Vital statistics of India. Vol. VI, European troops 1870-79
Year: 1870
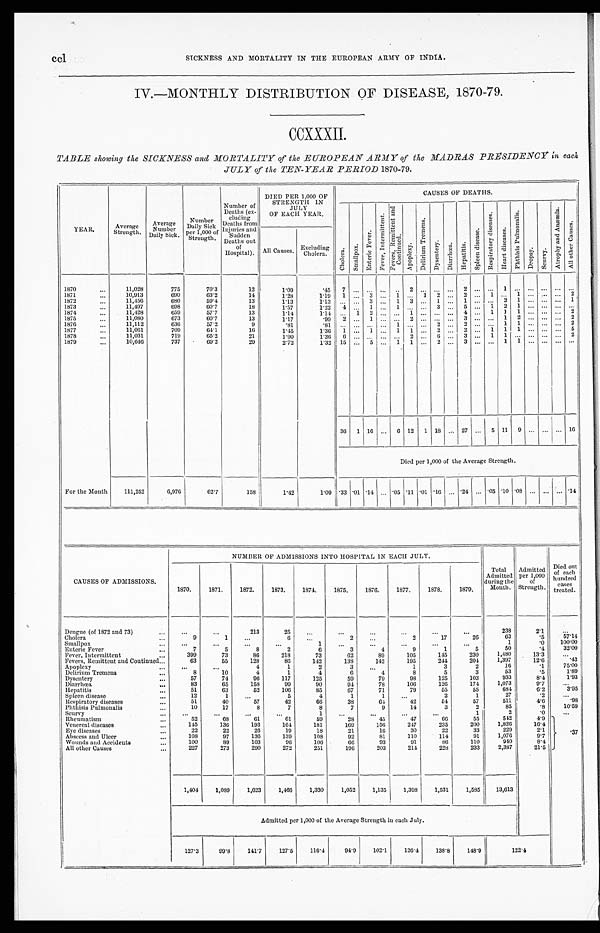
ccl SICKNESS AND MORTALITY IN THE EUROPEAN ARMY OF INDIA.
IV.-MONTHLY DISTRIBUTION OF DISEASE, 1870-79.
CCXXXII.
TABLE showing the SICKNESS and MORTALITY of the EUROPEAN' ARMY of the MADRAS PRESIDENCY in each
JULY of the TEN-YEAR PERIOD 1870-79.
YEAR .
Average
Strength.
Average
N u m b e r
Daily Sick.
Number
Daily Sick
per 1,000
o f S t r e n g t h .
Number of
Deaths (ex-
clud
i ng
Deaths from
Injuries and
I Sudden
Deaths out
of
Hospital).
DIED PER 1,000 OF
STRENGTH IN
JULY
OF EACH YEAR.
CAUSES OF DEATHS.
C h o l e r a .
S m a l l p o x .
E n t e r i c F e v e r .
F e v e r , I n t e r m i t t e n t .
F e v e r s , R e m i t t e n t a n d C o n t i n u e d .
Apopl exy.
D e l i r i u m T r e m e n s .
D y s e n t e r y .
D i a r r h œ a .
H e p a t i t i s .
S p l e e n d i s e a s e .
R e s p i r a t o r y d i s e a s e s .
H e a r t d i s e a s e s .
P h t h i s i s P u l m o n a l i s .
D r o p s y .
S c u r v y .
At r ophy and Anæmi a.
Al l other Causes.
All Causes.
Excluding
Cholera.
1870
...
11,028
775
70.3
12
1.09
. 45
7
... ... ... ...
2
...
...
...
2
...
...
1
... ... ... ... ...
1871
...
10,913
690
63.2
14
1.28
1.19
1
...
3
...
1
...
1
2
...
2
...
1
...
1
...
... ...
2
1872
...
11,456
680
59.4
13
1.13
1.13
...
...
3
...
1
3
...
1
...
1
... ...
2
1
... ... ...
1
1873
...
11,497
698
60.7
18
1.57
1.22
4
...
1
...
1
...
...
3
...
5
...
1
2
1
... ... ... ...
1874
...
11,428
659
57.7
13
1.14
1 . 1 4
...
1
2
... ...
1
... ... ...
4
...
1
1
1
... ... ...
2
1875
...
11,080
673
60.7
13
1.17
.99
2
...
1
... ...
2
... ... ...
3
... ...
1
2
... ... ...
2
1876
...
11,112
636
57.2
9
.81
.81
...
... ... ...
1
... ...
2
...
2
...
...
1
1
... ... ...
2
1877
...
11,061
709
64.1
16
1.45
1.36
1
...
1
...
1
1
...
2
...
2
...
1
1
1
...
...
...
5
1878
...
11,031
719
65.2
21
1.90
1 . 3 6
6
... ... ... ...
2
...
6
...
3
...
1
1
...
... ... ...
2
1879
...
10,646
737
69.2
29
2.72
1 . 3 2
15
...
5
...
1 1
...
2
...
3
...
...
1
1
... ... ...
36
1
16
...
6
12
1
18
...
27
...
5
11
9
...
...
...
16
Died per 1,000 of the Average Strength.
For the Month
111,252
6,976
62.7
158
1 . 4 2
1.09 .33
.01
.14
...
.05
.11
.01
.16
...
.24
...
.05
.10
.08
...
...
...
.14
CAUSES OF ADMISSIONS.
NUMBER OF ADMISSIONS INTO HOSPITAL IN EACH JULY.
Total
Admitted
during the
Month.
Admitted
per 1,000
of
Strength.
Died out
of each
hundred
cases
treated.
1870.
1871.
1872.
1873.
1874.
1875.
1876.
1877.
1878.
1879.
Dengue (of 1872 and 73)
...
...
...
213
25
...
. . .
... ... ... ...
238
2.1
...
Cholera
...
9
1
...
6
...
2
2
2
17
26
63
.5
57.14
Smallpox
... ... ... ...
...
1
...
...
...
...
...
1
. 0
100.00
Enteric Fever
...
7
5
8
2
6
3
4
9
1
5
50
.4
32.00
Fever, Intermittent
...
399
73
86
218
73
62
89
105
145
230
1,480
13.3
...
Fevers, Remittent and Continued
...
63
55
128
86
142
138
142
195
244
204
1,397
12.6
.43
Apoplexy
... ... ...
4
1
2
3
...
1
3
2
16
.1
75.00
Delirium Tremens
...
8
10
4
1
4
6
4
8
5
3
53
.5
1.89
Dysentery
...
57
74
96
117
125
59
79
98
125
103
933
8.4
1.93
Diarrhœa
...
83
65
158
99
90
94
78
106
126
174
1,073
9.7
...
Hepatitis
...
51
63
52
106
85
67
71
79
55
55
684
6.2
3.95
Spleen disease
...
12
1
...
5
4
1
1
...
2
1
27
.2
...
Respiratory diseases
...
51
40
57
42
66
38
64
42
54
57
511
4.6
.98
Phthisis Pulmonalis
...
10
17
8
7
8
7
9
14
3
2
85
.8
10.59
Scurvy
...
...
...
...
...
1
...
...
...
...
1
2
.0
...
Rheumatism
...
52
68
61
61
59
28
45
47
66
55
542
4.9
.37
Venereal diseases
...
145
136
193
164
181
169
156
247
235
200
1,826
16.4
Eye diseases
...
22
22
26
19
18
21
16
30
22
33
229
2.1
Abscess and Ulcer
...
108
97
136
139
108
92
81
110
114
91
1,076
9.7
Wounds and Accidents
...
100
89
103
96
106
66
93
91
86
110
940
8.4
All other Causes
...
227
273
290
272
251
196
203
214
228
233
2,387
21.5
I
I
I
1,404
1,089
1,623
1,466
1,330
1,052
1,135
1,398
1,531
1,585
13,613
Admitted per 1,000 of the Average Strength in each July.
127.3
99.8
141.7
127.5
116.4
94.9
102.1
126.4
138.8
148.9
122.4